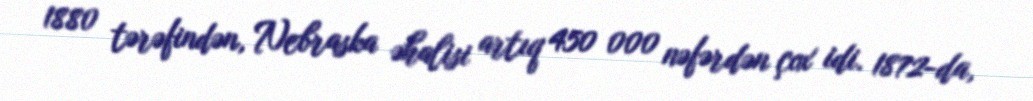
1880 tərəfindən, Nebraska əhalisi artıq 450 000 nəfərdən çox idi. 1872-da,